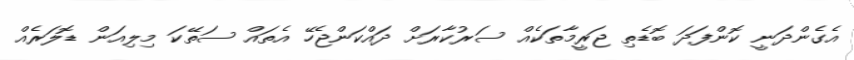
އެގެންދަނީ ކޮންފަދަ ބޮޑެތި ޖަރީމާތަކެއް ސަރުކާރަށް ދައްކަންޖެހޭ އެތައް ސަތޭކަ މިލިއަން ޑޮލަރެއް